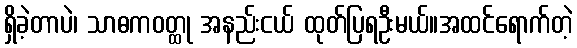
ရှိခဲ့တာပဲ၊ သာဓကဝတ္ထု အနည်းငယ် ထုတ်ပြရဦးမယ်။အထင်ရောက်တဲ့